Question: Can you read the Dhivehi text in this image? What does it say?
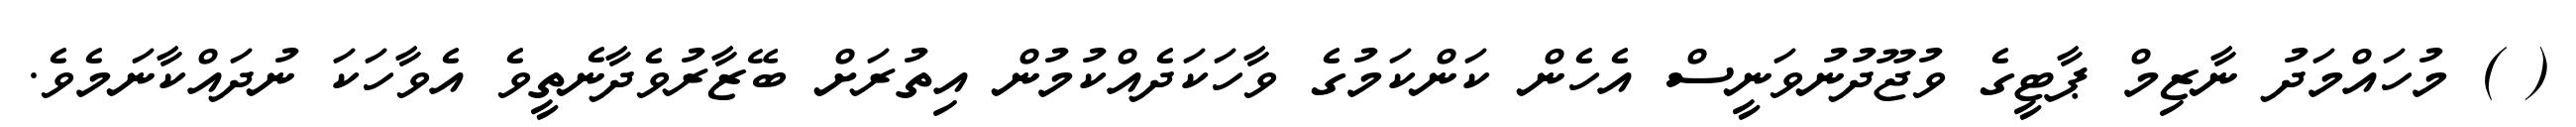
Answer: ( ) މުހައްމަދު ނާޒިމް ޕާޓީގެ ވުޖޫދުނުވަނީސް އެހެން ކަންކަމުގެ ވާހަކަދެއްކުމުން އިތުރަށް ބޭޒާރުވެދާނެތީވެ އެވާހަކަ ނުދައްކާނަމެވެ.